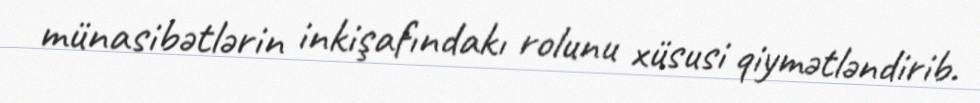
münasibətlərin inkişafındakı rolunu xüsusi qiymətləndirib.